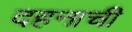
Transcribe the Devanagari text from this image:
दहनाची